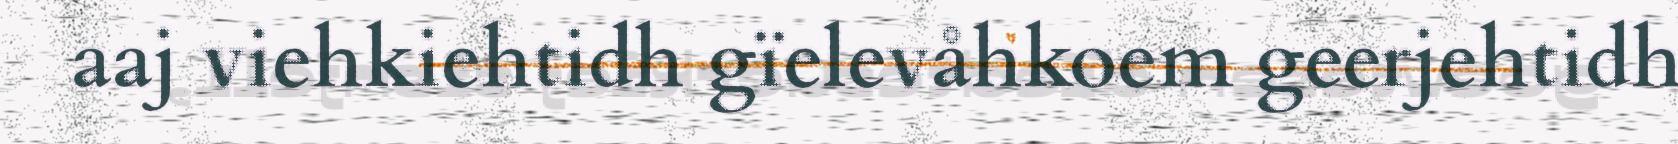
aaj viehkiehtidh gïelevåhkoem geerjehtidh